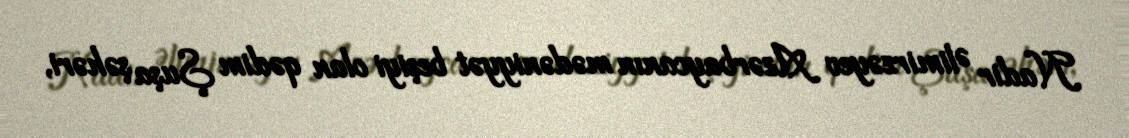
Nadir Əlimirzəyev Azərbaycanın mədəniyyət beşiyi olan qədim Şuşa şəhəri,